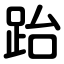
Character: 跆